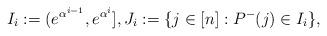
LaTeX: \begin{align*}I_i:=(e^{\alpha^{i-1}},e^{\alpha^i}],J_i:=\{j\in[n]:P^-(j)\in I_i\}, \end{align*}